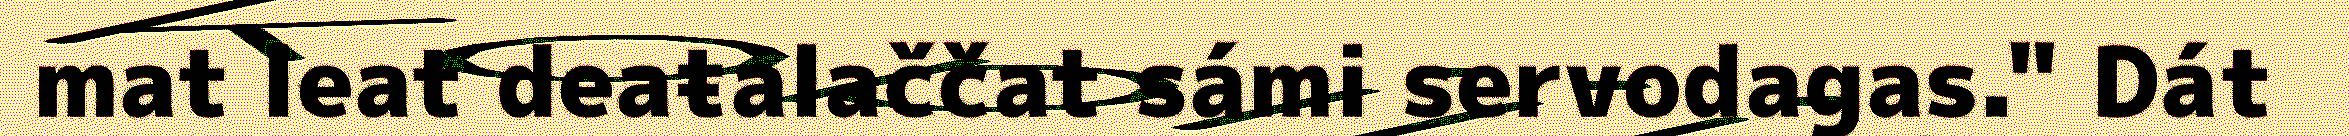
mat leat deaŧalaččat sámi servodagas." Dát